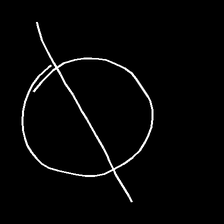
Glyph: orb